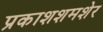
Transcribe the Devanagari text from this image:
प्रकाशशमशेर